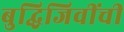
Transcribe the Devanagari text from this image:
बुद्धिजिवींची